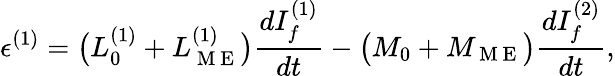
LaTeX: \epsilon^{(1)}=\big(L_{0}^{(1)}+L_{\mathrm{~M~E~}}^{(1)}\big)\frac{dI_{f}^{(1)}}{dt}-\big(M_{0}+M_{\mathrm{~M~E~}}\big)\frac{dI_{f}^{(2)}}{dt},